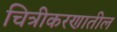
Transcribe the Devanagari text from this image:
चित्रीकरणातील